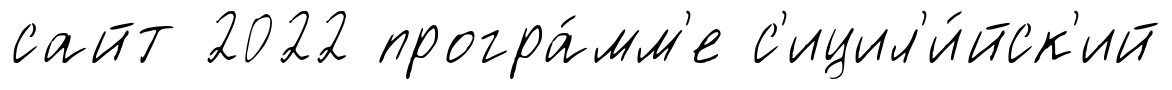
сайт 2022 програ́мм'е с'ицил'и́йск'ий